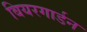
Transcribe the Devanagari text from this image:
बियरगार्डन